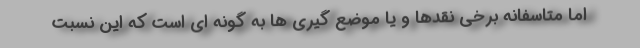
اما متاسفانه برخی نقدها و یا موضع گیری ها به گونه ای است که این نسبت